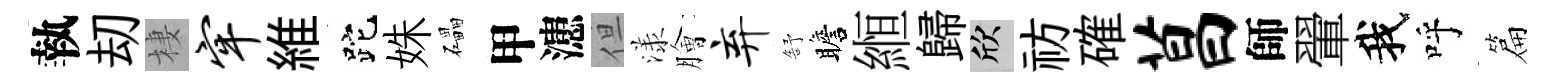
執刧棲牢維跎姝礧甲漶但漾膾弃舒瞻縆歸欣祊確菖師翬我呼篇